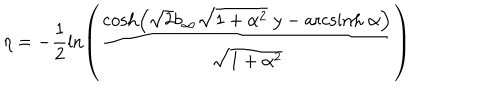
\eta = - \frac { 1 } { 2 } \ln \left( \frac { \cosh \left( \sqrt { 2 } b _ { \infty } \sqrt { 1 + \alpha ^ { 2 } } \; y - \mathrm { a r c s i n h } \; \alpha \right) } { \sqrt { 1 + \alpha ^ { 2 } } } \right)